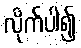
လိုက်ပါ၍